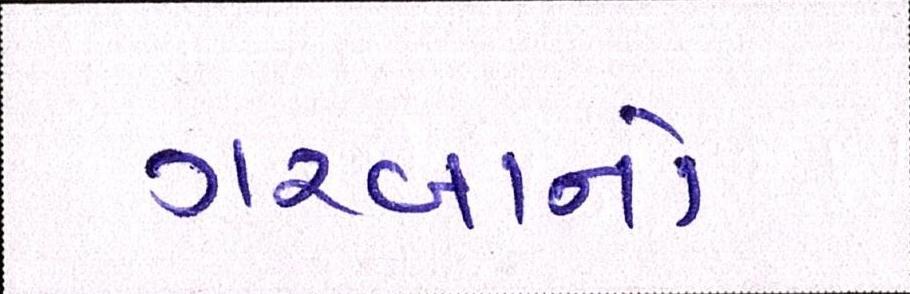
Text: ગરબાનો